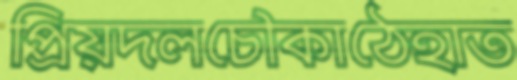
প্রিয়দলচৌকাঠেহাত